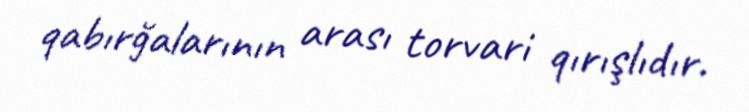
qabırğalarının arası torvari qırışlıdır.